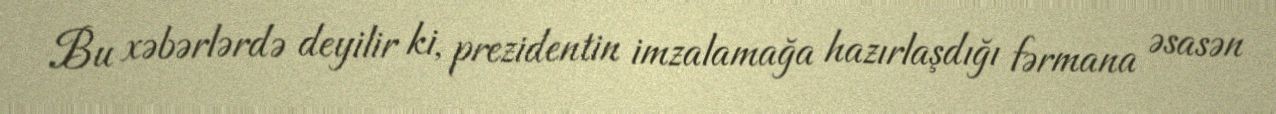
Bu xəbərlərdə deyilir ki, prezidentin imzalamağa hazırlaşdığı fərmana əsasən